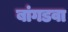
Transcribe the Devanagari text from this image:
बांगडवा